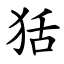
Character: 狧